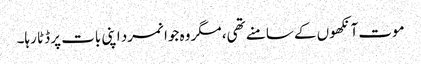
موت آنکھوں کے سامنے تھی، مگر وہ جوانمرد اپنی بات پر ڈٹا رہا۔